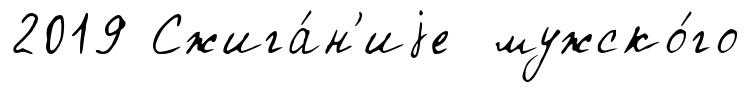
2019 Сжига́н'иjе мужско́го